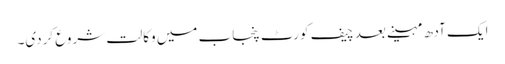
ایک آدھ مہینے بعد چیف کورٹ پنجاب میں وکالت شروع کردی۔